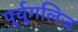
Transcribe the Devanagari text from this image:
पुर्चुगलिज